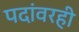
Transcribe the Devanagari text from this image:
पदांवरही